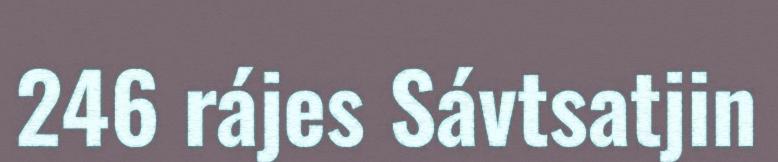
246 rájes Sávtsatjin